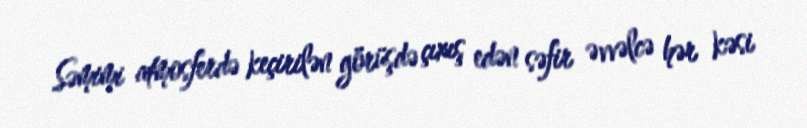
Səmimi atmosferdə keçirilən görüşdə çıxış edən səfir əvvəlcə hər kəsi